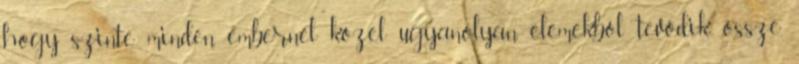
hogy szinte minden embernél közel ugyanolyan elemekből tevődik össze,